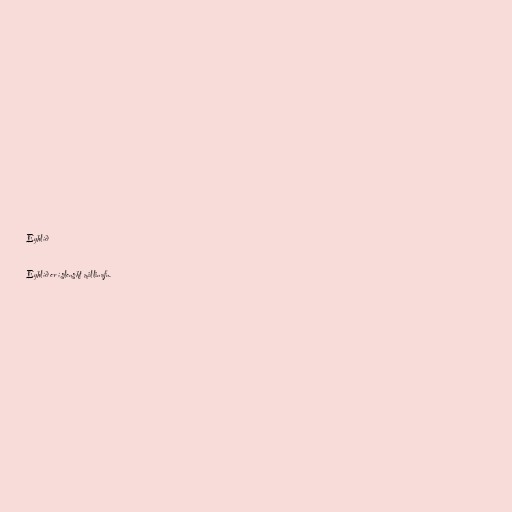
Eyhlíð

Eyhlíð er íslenskt millinafn.